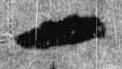
一